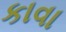
કાવા